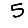
Digit: 5